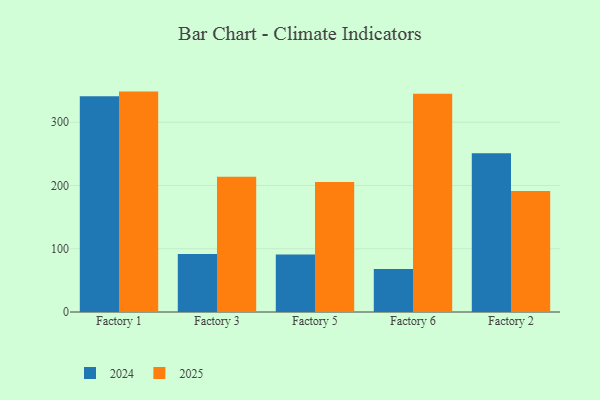
{"axis": {"x": "Factory", "y": "Operating Costs (USD K)"}, "legend": ["2024", "2025"], "data": [{"x": "Factory 1", "y": 348.4, "type": "2025"}, {"x": "Factory 1", "y": 341.2, "type": "2024"}, {"x": "Factory 3", "y": 213.9, "type": "2025"}, {"x": "Factory 3", "y": 91.7, "type": "2024"}, {"x": "Factory 5", "y": 205.6, "type": "2025"}, {"x": "Factory 5", "y": 90.8, "type": "2024"}, {"x": "Factory 6", "y": 345.1, "type": "2025"}, {"x": "Factory 6", "y": 68.1, "type": "2024"}, {"x": "Factory 2", "y": 191.3, "type": "2025"}, {"x": "Factory 2", "y": 251.1, "type": "2024"}]}